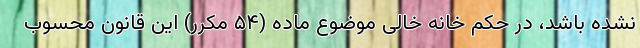
نشده باشد، در حکم خانه خالی موضوع ماده (۵۴ مکرر) این قانون محسوب